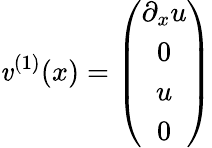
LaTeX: \mathit{v}^{(1)}(x)=\left(\begin{array}{c}{{\partial_{x}u}}\\ {{0}}\\ {{u}}\\ {{0}}\end{array}\right)